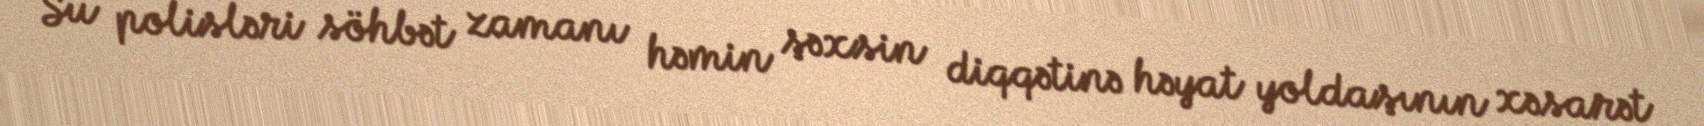
Su polisləri söhbət zamanı həmin şəxsin diqqətinə həyat yoldaşının xəsarət